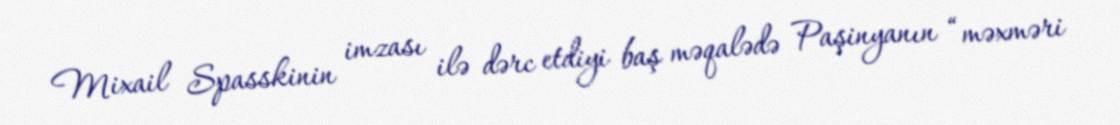
Mixail Spasskinin imzası ilə dərc etdiyi baş məqalədə Paşinyanın “məxməri